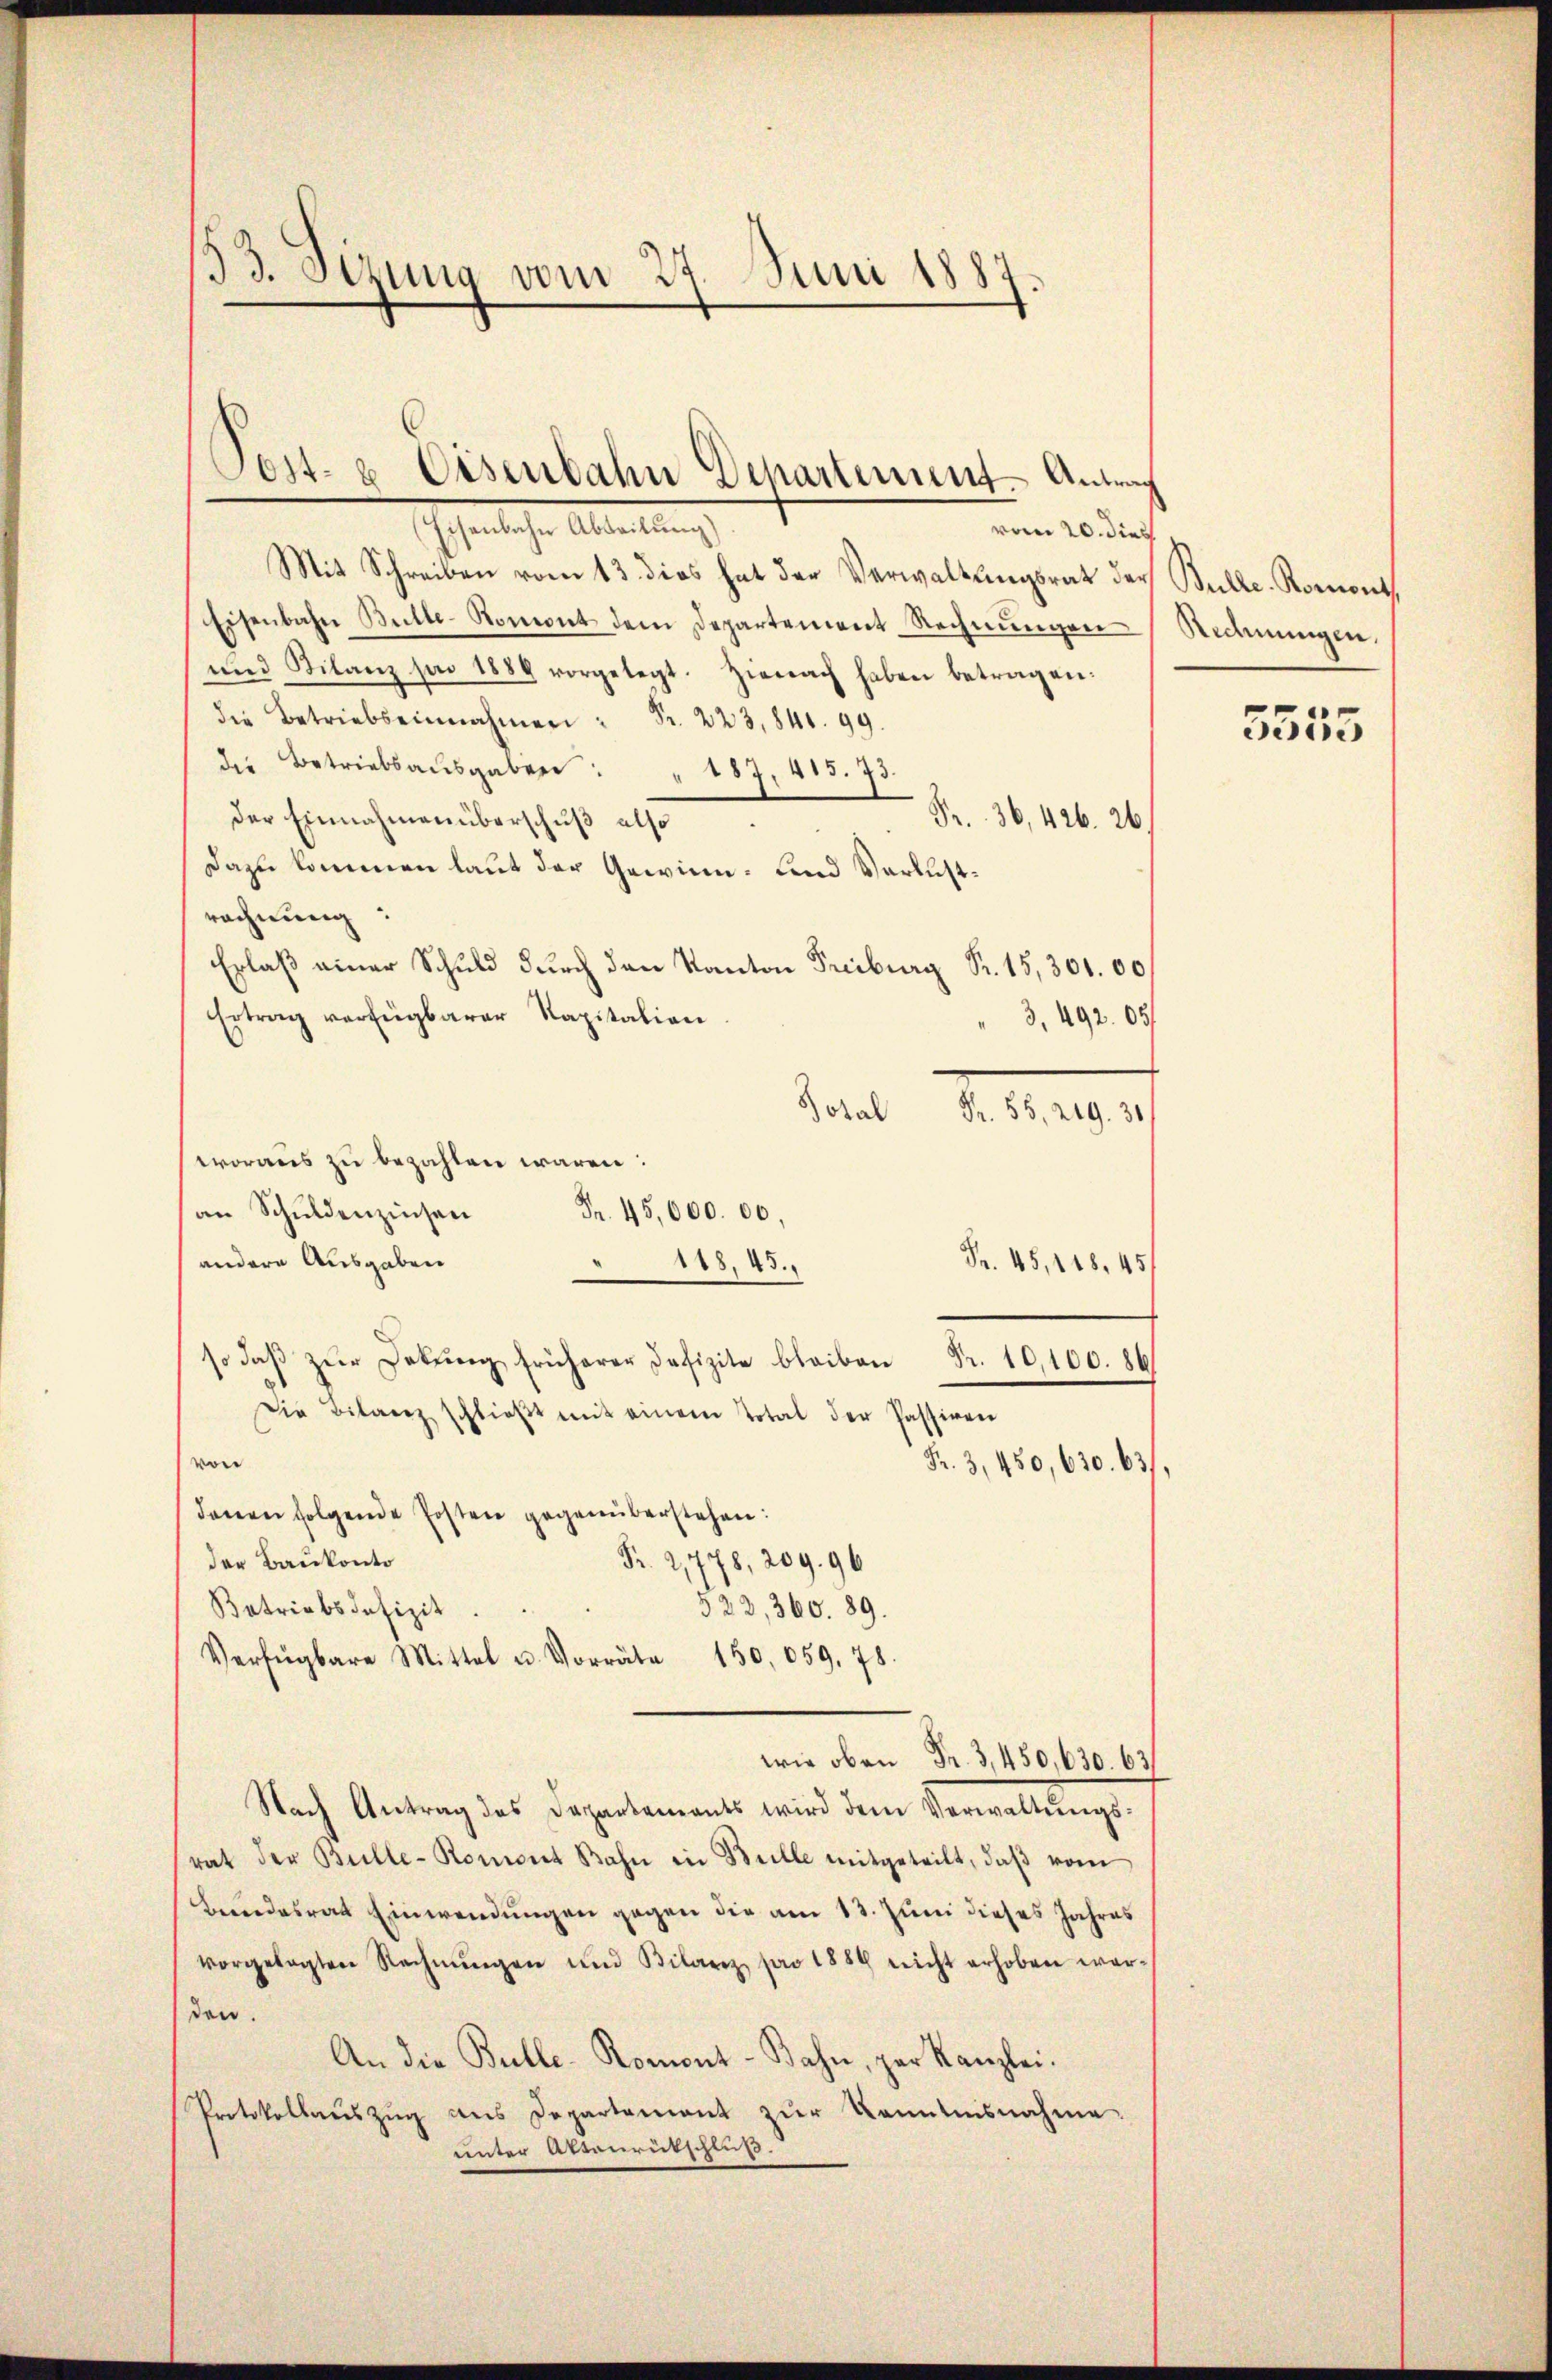
33. Sizung vom 27. Juni 1887.

vom 20. dies
Mit Schreiben vom 13. dies hat der Verwaltŭngsrat der Bulle. Romont,
Eisenbahn Butte-Romont dem Departement Rechnŭngen
und Silanz pai 1886 vorgelegt. Hienach haben betragen.
die Betriebseinnahmen: Fr. 223,841. 99.
die Betriebsaŭsgaben: " 187. 415. 73.
der Einnahmen überschuß also
Fr. 36,426. 26
Dazu kommen laut der Gewinn. Land Verlustrechnung:
Erlaß einer Schuld durch den Kanton Freiburg Fr. 15, 301. 00
Ertrag verfügbarer Kapitalien
3, 492. 05/
Fr. 55. 219. 30
woraus zu bezahlen wären:
an Schuldenzinsen
andere Ausgaben
Fr. 45, 118, 45
so daβ zŭr Dekŭng früherer Defizite bleiben Fr. 10,100. 86
Die Bilanz schlieβt mit einem Total der Passiren
von
Fr. 3, 450, 630. 63),
denen folgende Posten gegenüberstehen:
Fr. 2,778, 209. 96
der Baukonto
523, 360. 89.
Betriebsdefizit
Verfügbare Mittel u. Vorräte 150,059. 78.
wie oben Fr. 3, 450, 630. 63
Nach Antrag des Departements wird dem Verwaltŭngs-
rat der Bulle-Romont Bahn in Belle mitgeteilt, daβ vom
Beundesrat Einwendungen gegen die am 13. Juni dieses Jahres
vorgelegten Rechnŭngen und Bilanz pro 1884 nicht erhoben werden.
An die Bulle-Romont-Bahn, par Kanzlei.
Protokollaŭszŭg ans Departement zŭr Kenntnisnahme.
unter Attenrutschluß.

Post- u. Eisenbahn Departement - Antrag
schehenliche Abteilung

Dotal
Fr. 45,000. 00.
118, 45.

Rechnungen.
5555